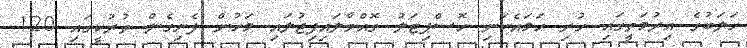
ހަލަބުގެ އިރުމަތީގައި ހުރި ހަމައެކަނި ހޮސްޕިޓަލު ގޮއްވާލައިފިޖުލައި މަހުން ފެށިގެން ތުރުކީގައި 120